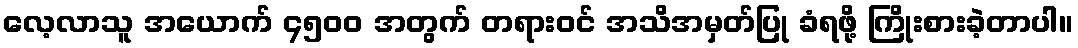
လေ့လာသူ အယောက် ၄၅၀၀ အတွက် တရားဝင် အသိအမှတ်ပြု ခံရဖို့ ကြိုးစားခဲ့တာပါ။